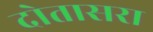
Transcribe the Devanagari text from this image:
दोतासरा